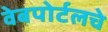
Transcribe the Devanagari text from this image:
वेबपोर्टलचे